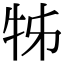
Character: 牬